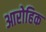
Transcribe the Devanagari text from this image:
आरोहिक